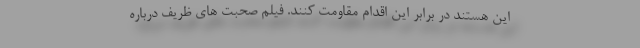
این هستند در برابر این اقدام مقاومت کنند. فیلم صحبت های ظریف درباره